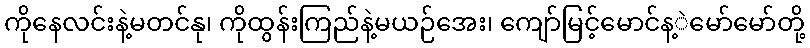
ကိုနေလင်းနဲ့မတင်နု၊ ကိုထွန်းကြည်နဲ့မယဉ်အေး၊ ကျော်မြင့်မောင်န့ဲမော်မော်တို့